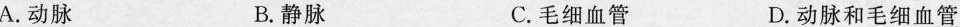
A.动脉 B.静脉 C.毛细血管 D.动脉和毛细血管